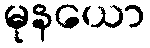
မုနယော